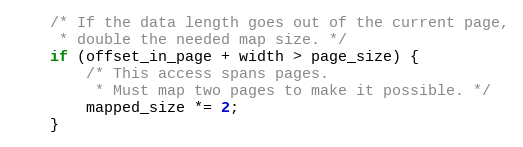
Language: C
    /* If the data length goes out of the current page,
     * double the needed map size. */
    if (offset_in_page + width > page_size) {
        /* This access spans pages.
         * Must map two pages to make it possible. */
        mapped_size *= 2;
    }